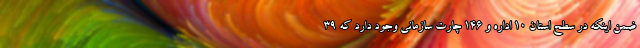
ضمن اینکه در سطح استان ۱۰ اداره و ۱۴۶ چارت سازمانی وجود دارد که ۳۹